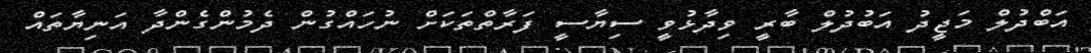
އަބްދުލް މަޖީދު އަބުދުލް ބާރީ ވިދާޅުވީ ސިޔާސީ ފަރާތްތަކަށް ނުހައްގުން ދެމުންގެންދާ އަނިޔާތައް